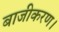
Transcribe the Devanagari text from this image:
बाजीकरण।